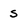
Character: s